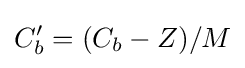
C_{b}'=(C_{b}-Z)/M